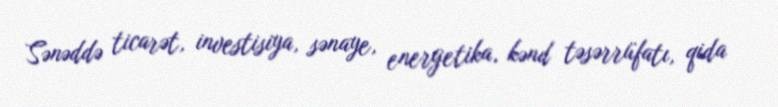
Sənəddə ticarət, investisiya, sənaye, energetika, kənd təsərrüfatı, qida